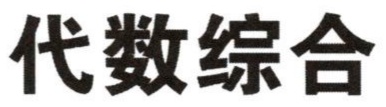
代数综合